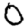
Digit: 0